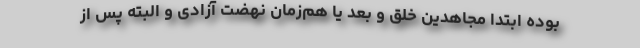
بوده ابتدا مجاهدین خلق و بعد یا هم‌زمان نهضت آزادی و البته پس از